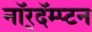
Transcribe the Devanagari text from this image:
नॉर्‌दॅम्प्टन